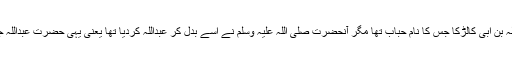
تھوڑی دیر میں عبداللہ بن ابی کالڑکا جس کا نام حباب تھا مگر آنحضرت صلی اللہ علیہ وسلم نے اسے بدل کر عبداللہ کردیا تھا یعنی یہی حضرت عبداللہؓ جن کا ذکر ہو رہا ہے۔